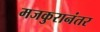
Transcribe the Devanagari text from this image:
मजकुरानंतर